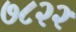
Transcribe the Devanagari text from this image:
७८२२